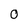
Character: 0